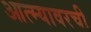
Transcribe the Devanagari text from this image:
आत्म्यावरची